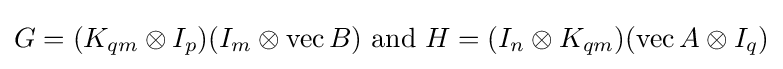
G=(K_{qm}\otimes I_{p})(I_{m}\otimes \operatorname {vec} B){\text{ and }}H=(I_{n}\otimes K_{qm})(\operatorname {vec} A\otimes I_{q})